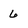
Character: 6